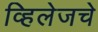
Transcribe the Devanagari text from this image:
व्हिलेजचे